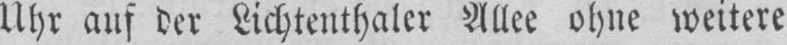
Uhr auf der Lichtenthaler Allee ohne weitere